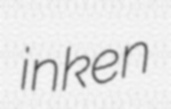
inken